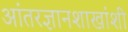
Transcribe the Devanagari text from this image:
आंतरज्ञानशाखांशी